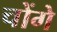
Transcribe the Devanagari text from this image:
चोंगे